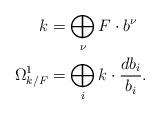
LaTeX: \begin{align*} k&=\bigoplus_{\nu} F \cdot b^{\nu} \\\Omega^1_{k/F}&=\bigoplus_{i} k \cdot \frac{d b_i}{b_i}. \\\end{align*}